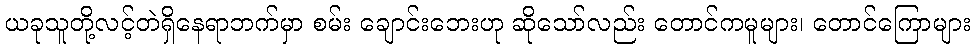
ယခုသူတို့လင့်တဲရှိနေရာဘက်မှာ စမ်း ချောင်းဘေးဟု ဆိုသော်လည်း တောင်ကမူများ၊ တောင်ကြောများ